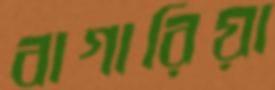
বাগারিয়া